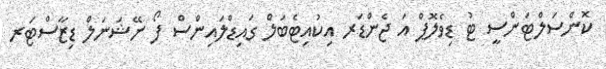
ކޮންސަލްޓަންސީ ޓު ޑިވެލޮޕް އަ ޖެންޑަރ އިކުއިޓެބަލް ގައިޑްލައިންސް ފޯ ނޭޝަނަލް ޑިޒާސްޓަރ